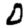
Digit: 0